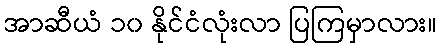
အာဆီယံ ၁၀ နိုင်ငံလုံးလာ ပြကြမှာလား။